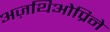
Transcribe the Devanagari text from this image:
अज़थिओप्रिने